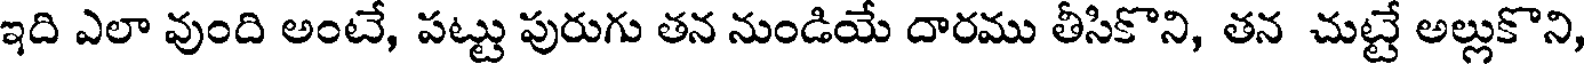
ఇది ఎలా వుంది అంటే, పట్టు పురుగు తన నుండియే దారము తీసికొని, తన చుట్టే అల్లుకొని,